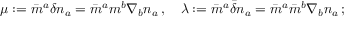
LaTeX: \mu : = { \bar { m } } ^ { a } \delta n _ { a } = { \bar { m } } ^ { a } m ^ { b } \nabla _ { b } n _ { a } \, , \quad \lambda : = { \bar { m } } ^ { a } { \bar { \delta } } n _ { a } = { \bar { m } } ^ { a } { \bar { m } } ^ { b } \nabla _ { b } n _ { a } \, ;